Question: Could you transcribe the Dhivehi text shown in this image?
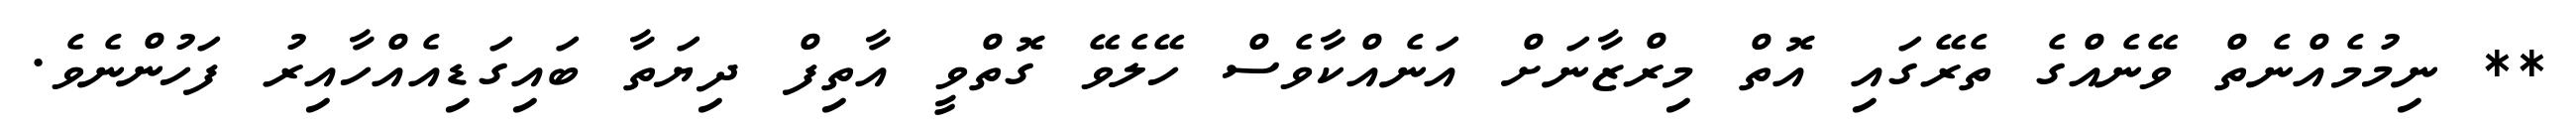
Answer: ** ނިމުމެއްނެތް ވޭނެއްގެ ތެރޭގައި އޮތް މިރްޒާނަށް އަނެއްކާވެސް ހޭލެވޭ ގޮތްވީ އާތިފް ދިޔަތާ ބައިގަޑިއެއްހާއިރު ފަހުންނެވެ.